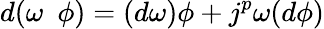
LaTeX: d(\omega\ \ \phi)=(d\omega)\phi+j^{p}\omega(d\phi)